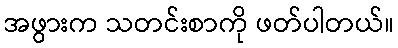
အဖွားက သတင်းစာကို ဖတ်ပါတယ်။